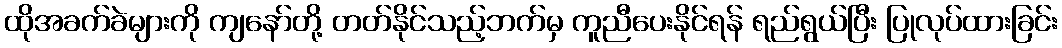
ထိုအခက်ခဲများကို ကျနော်တို့ တတ်နိုင်သည့်ဘက်မှ ကူညီပေးနိုင်ရန် ရည်ရွယ်ပြီး ပြုလုပ်ထားခြင်း